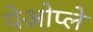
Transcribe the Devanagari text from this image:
पेओप्ले